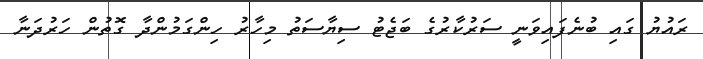
ރައުޔު ގައި ބުނެފައިވަނީ ސަރުކާރުގެ ބަޖެޓު ސިޔާސަތު މިހާރު ހިންގަމުންދާ ގޮތުން ހަރުދަނާ